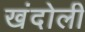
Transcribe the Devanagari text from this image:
खंदोली